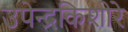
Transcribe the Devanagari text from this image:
उपेन्द्रकिशोरे